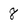
Character: 8